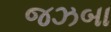
જઝબા